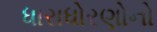
ધારાધોરણોનો